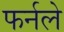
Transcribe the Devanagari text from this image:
फर्नले